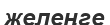
желеңге